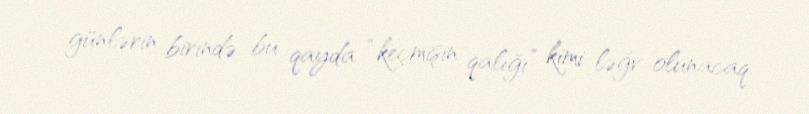
günlərin birində bu qayda “keçmişin qalığı” kimi ləğv olunacaq.